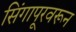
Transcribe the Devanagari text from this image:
सिंगापूरवरून